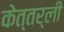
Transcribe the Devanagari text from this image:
केत्तर्ली